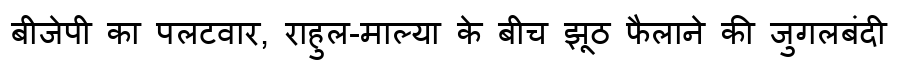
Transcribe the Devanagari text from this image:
बीजेपी का पलटवार, राहुल-माल्या के बीच झूठ फैलाने की जुगलबंदी